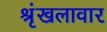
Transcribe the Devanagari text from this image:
श्रृंखलावार